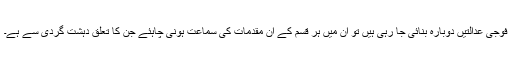
فوجی عدالتیں دوبارہ بنائی جا رہی ہیں تو اِن میں ہر قسم کے اُن مقدمات کی سماعت ہونی چاہئے جن کا تعلق دہشت گردی سے ہے۔